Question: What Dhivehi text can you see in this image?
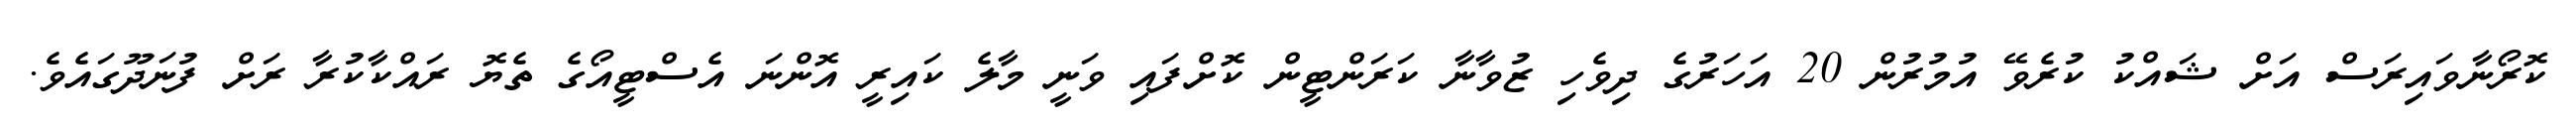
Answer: ކޮރޯނާވައިރަސް އަށް ޝައްކު ކުރެވޭ އުމުރުން 20 އަހަރުގެ ދިވެހި ޒުވާނާ ކަރަންޓީން ކޮށްފައި ވަނީ މާލެ ކައިރީ އޮންނަ އެސްޓީއޯގެ ތެޔޮ ރައްކާކުރާ ރަށް ފުނަދޫގައެވެ.